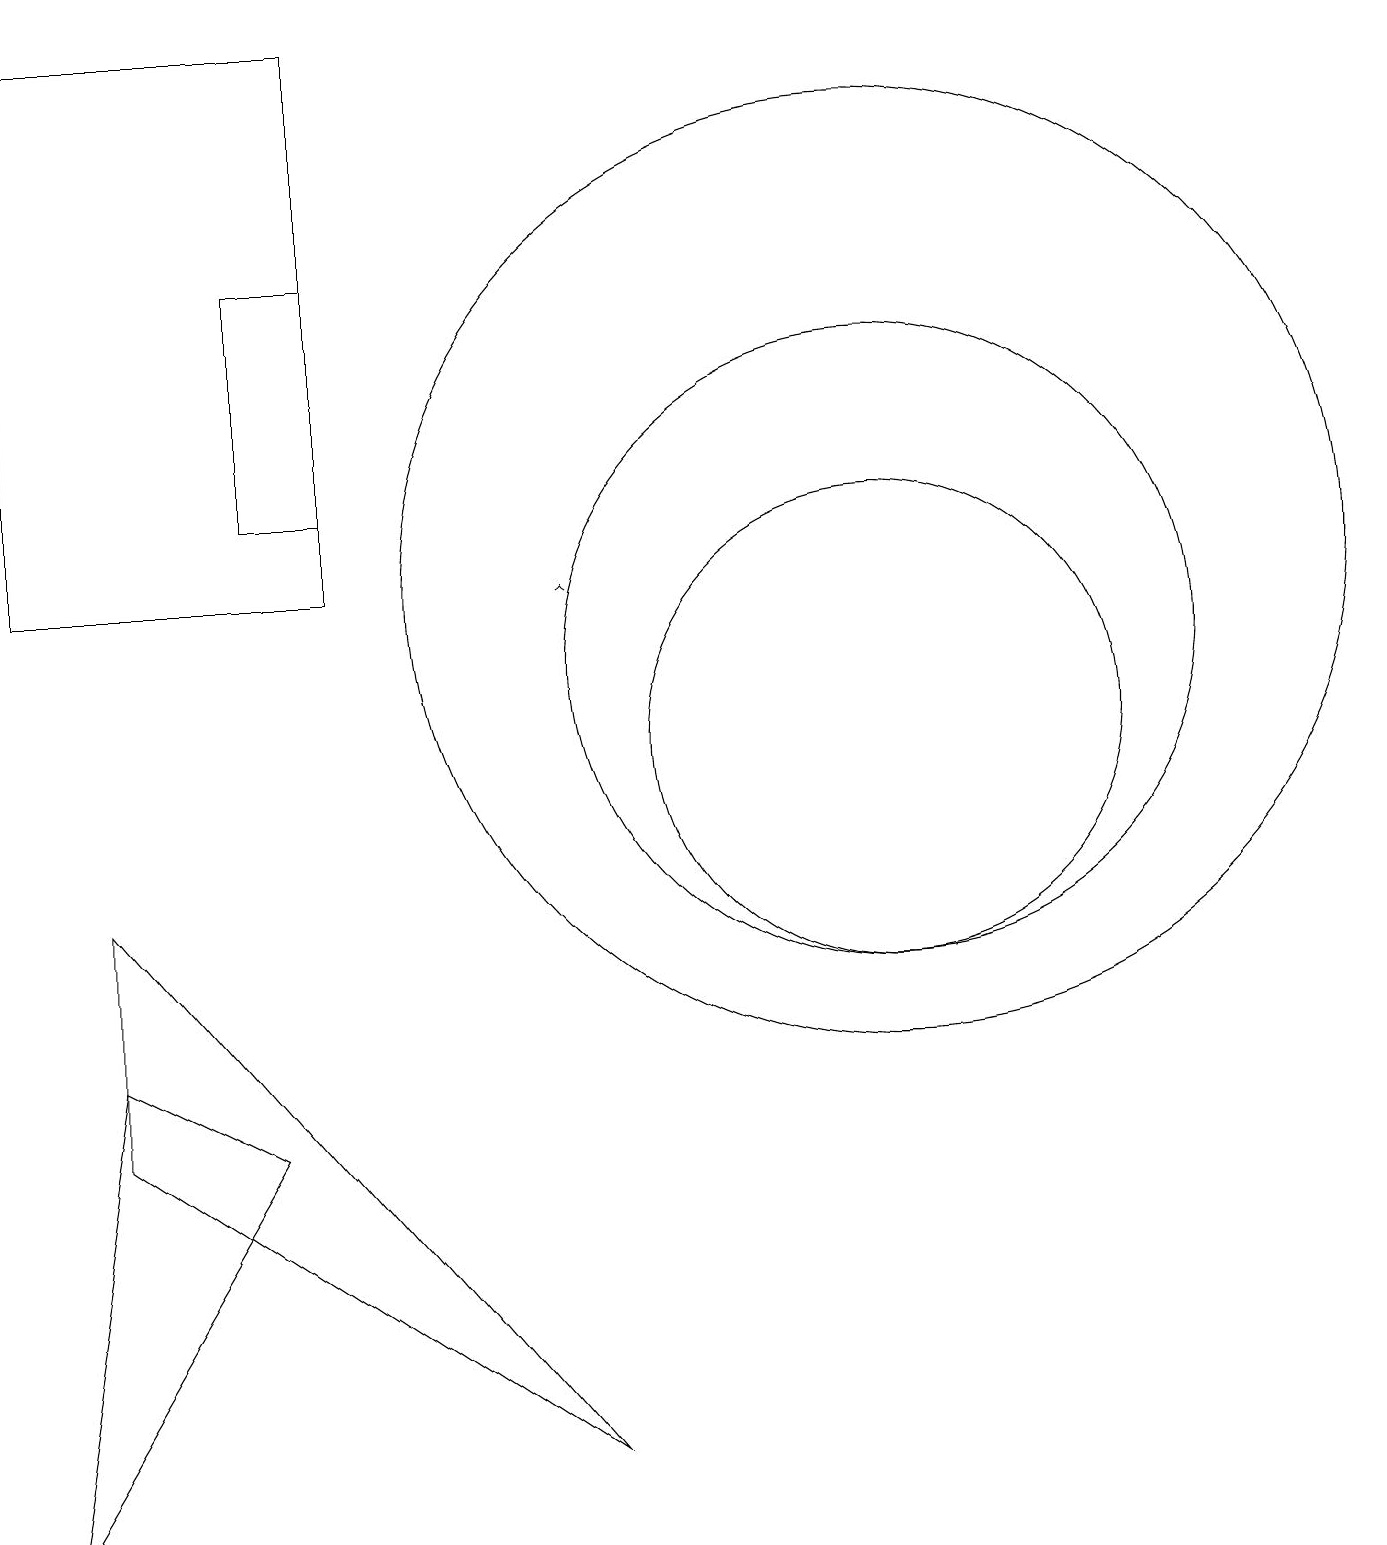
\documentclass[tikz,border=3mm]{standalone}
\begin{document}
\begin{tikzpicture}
\draw[->] (7,12) -- (7,12);
\draw (11,11) circle (4);
\draw (11,10) circle (3);
\draw (11,12) circle (6);
\draw (4,13) rectangle (3,16);
\draw (1,8) -- (1,5) -- (7,1) -- cycle;
\draw (1,6) -- (3,5) -- (0,0) -- cycle;
\draw (0,12) rectangle (4,19);
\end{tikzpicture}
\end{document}